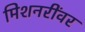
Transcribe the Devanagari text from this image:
मिशनरींवर